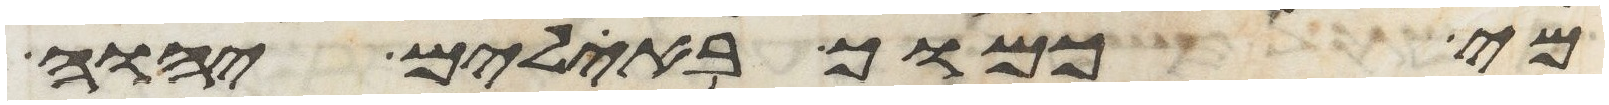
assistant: מי כמוך באלים יהוה